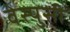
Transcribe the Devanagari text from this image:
वेस्पुसी